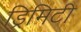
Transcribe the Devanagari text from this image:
ड्रिमिटी